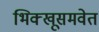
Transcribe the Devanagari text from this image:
भिक्खूसमवेत